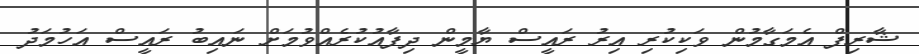
ޝާރިފް އެމަގާމުން ވަކިކުރި އިރު ރައީސް ޔާމީން ދިފާއުކުރެއްވުމަށް ނައިބު ރައީސް އަހުމަދު